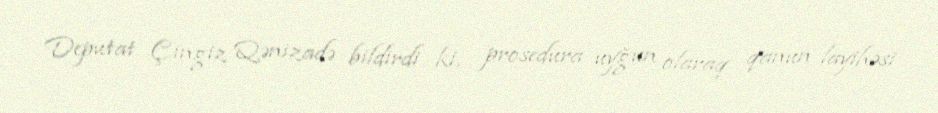
Deputat Çingiz Qənizadə bildirdi ki, prosedura uyğun olaraq qanun layihəsi